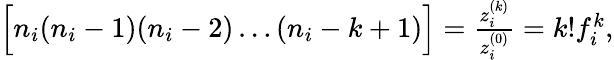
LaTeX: \begin{array}{r}{\Big[n_{i}(n_{i}-1)(n_{i}-2)\dots(n_{i}-k+1)\Big]=\frac{z_{i}^{(k)}}{z_{i}^{(0)}}=k!f_{i}^{k},}\end{array}